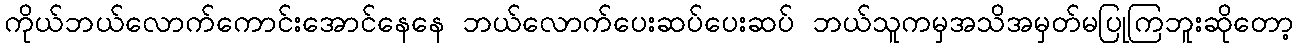
ကိုယ်ဘယ်လောက်ကောင်းအောင်နေနေ ဘယ်လောက်ပေးဆပ်ပေးဆပ် ဘယ်သူကမှအသိအမှတ်မပြုကြဘူးဆိုတော့